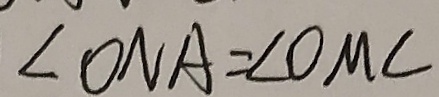
\angle O N A = \angle O M C